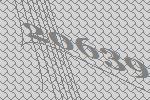
20639